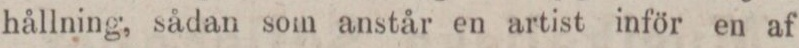
hållning, sådan som anstår en artist inför en af